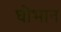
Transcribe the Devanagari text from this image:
घोभान